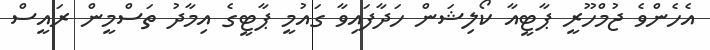
އެހެންވެ ޖުމްހޫރީ ޕާޓީއާ ކޯލިޝަން ހަދާފައިވާ ގައުމީ ޕާޓީގެ އިމާދު ތަސްމީން ރައީސް